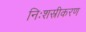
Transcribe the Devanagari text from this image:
निःशस्रीकरण